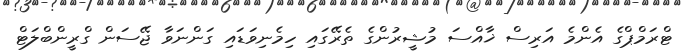
ޓްރަމްޕްގެ އެންމެ އަރިސް ޚާއްސަ މުޝީރުންގެ ތެރޭގައި ހިމެނިވަޑައި ގަންނަވާ ޖޭސަން ގްރީންބްލަޓް